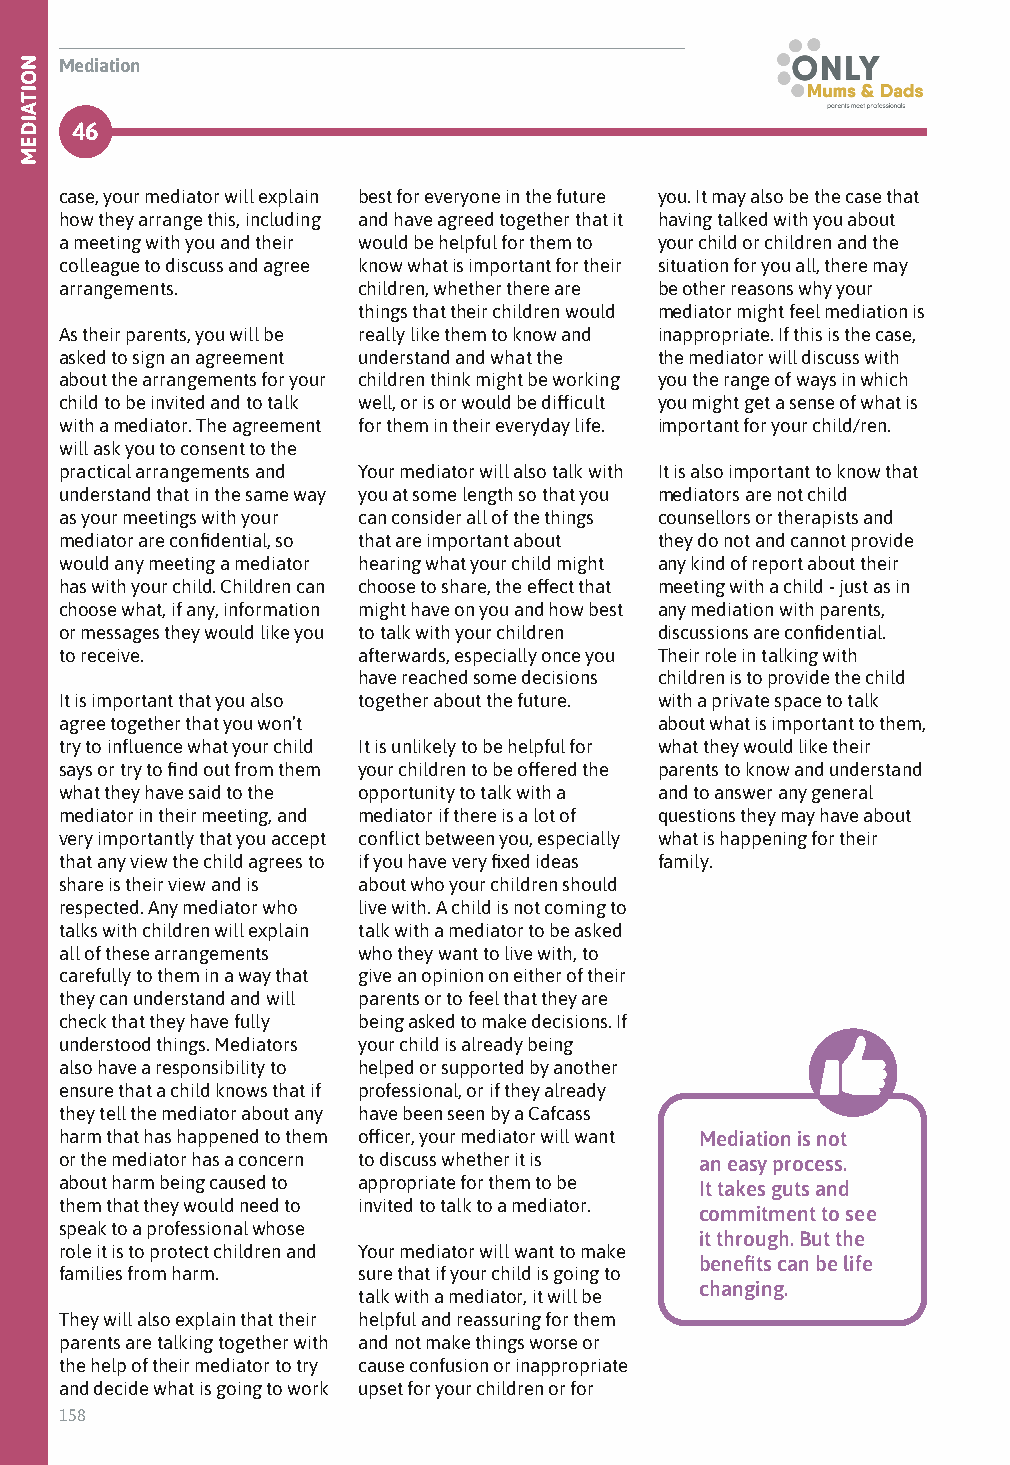
Mediation
 46
 case, your mediator will explain best for everyone in the future you. It may also be the case that
 how they arrange this, including and have agreed together that it having talked with you about
 a meeting with you and their would be helpful for them to your child or children and the
 colleague to discuss and agree know what is important for their situation for you all, there may
 arrangements.       children, whether there are be other reasons why your
 things that their children would mediator might feel mediation is
 As their parents, you will be really like them to know and inappropriate. If this is the case,
 asked to sign an agreement understand and what the the mediator will discuss with
 about the arrangements for your children think might be working you the range of ways in which
 child to be invited and to talk well, or is or would be difficult you might get a sense of what is
 with a mediator. The agreement for them in their everyday life. important for your child/ren.
 will ask you to consent to the
 practical arrangements and Your mediator will also talk with It is also important to know that
 understand that in the same way you at some length so that you mediators are not child
 as your meetings with your can consider all of the things counsellors or therapists and
 mediator are confidential, so that are important about they do not and cannot provide
 would any meeting a mediator hearing what your child might any kind of report about their
 has with your child. Children can choose to share, the effect that meeting with a child - just as in
 choose what, if any, information might have on you and how best any mediation with parents,
 or messages they would like you to talk with your children discussions are confidential.
 to receive.         afterwards, especially once you Their role in talking with
 have reached some decisions children is to provide the child
 It is important that you also together about the future. with a private space to talk
 agree together that you won’t           about what is important to them,
 try to influence what your child It is unlikely to be helpful for what they would like their
 says or try to find out from them your children to be offered the parents to know and understand
 what they have said to the opportunity to talk with a and to answer any general
 mediator in their meeting, and mediator if there is a lot of questions they may have about
 very importantly that you accept conflict between you, especially what is happening for their
 that any view the child agrees to if you have very fixed ideas family.
 share is their view and is about who your children should
 respected. Any mediator who live with. A child is not coming to
 talks with children will explain talk with a mediator to be asked
 all of these arrangements who they want to live with, to
 carefully to them in a way that give an opinion on either of their
 they can understand and will parents or to feel that they are
 check that they have fully being asked to make decisions. If
 understood things. Mediators your child is already being
 also have a responsibility to helped or supported by another
 ensure that a child knows that if professional, or if they already
 they tell the mediator about any have been seen by a Cafcass
 harm that has happened to them officer, your mediator will want Mediation is not
 or the mediator has a concern to discuss whether it is an easy process.
 about harm being caused to appropriate for them to be
 It takes guts and
 them that they would need to invited to talk to a mediator.
 commitment to see
 speak to a professional whose
 it through. But the
 role it is to protect children and Your mediator will want to make
 benefits can be life
 families from harm. sure that if your child is going to
 changing.
 talk with a mediator, it will be
 They will also explain that their helpful and reassuring for them
 parents are talking together with and not make things worse or
 the help of their mediator to try cause confusion or inappropriate
 and decide what is going to work upset for your children or for
 158
 NOITAIDEM